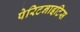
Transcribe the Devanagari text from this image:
पेरिटनाइटिस